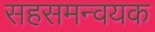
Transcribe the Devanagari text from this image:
सहसमन्वयक